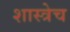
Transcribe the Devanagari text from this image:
शास्त्रेच